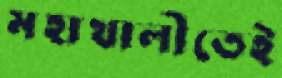
মহাখালীতেই